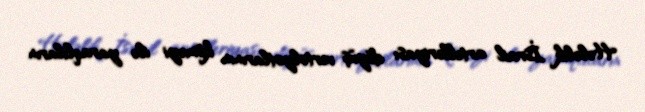
Hələlik İsrail artelleriyası döyüş vertolyotlarının köməyi ilə yaraqlıların